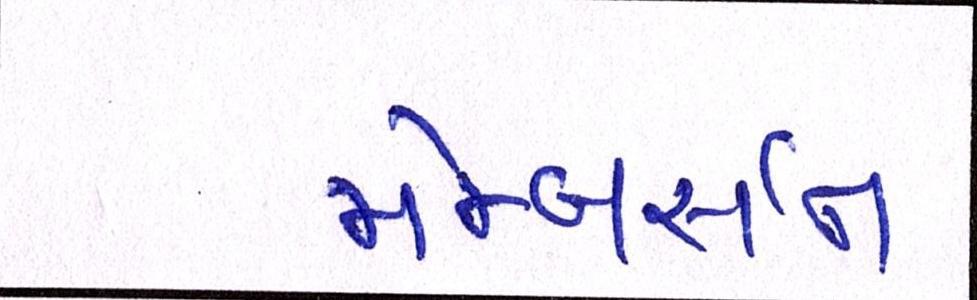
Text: મેમ્બર્સને